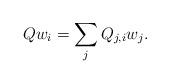
LaTeX: \begin{align*}Qw_i=\sum_{j}Q_{j,i}w_j.\end{align*}